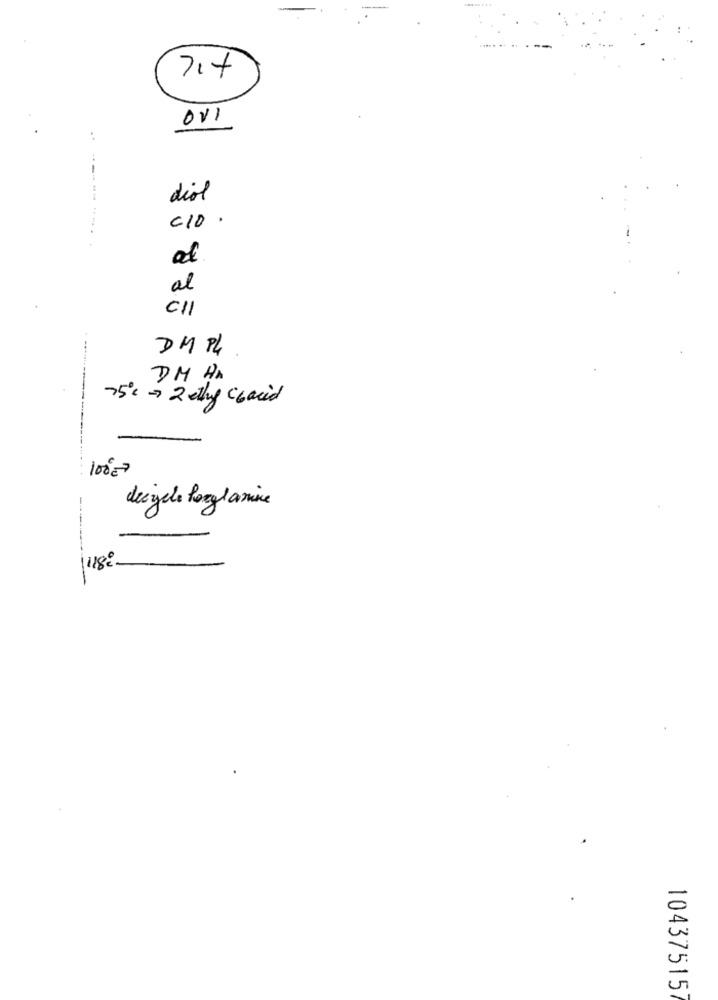
7.4
ov1
..
diol
C10 .
al
C/1
DM P4
DM H.
75℃ -> 2 ehy cbacid
100€7
deizele Booglamine
1118º
104375157